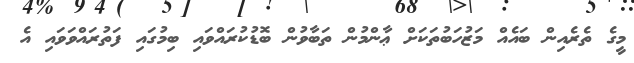
މީގެ ތެރެއިން ބައެއް މަޒުހަބުތަކަށް ޢާންމުން ތަބާވުން ބޮޑުކުރައްވައި ބިމުގައި ފަތުރައްވަވައި އެ